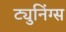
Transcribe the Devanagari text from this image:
ट्युनिंग्स